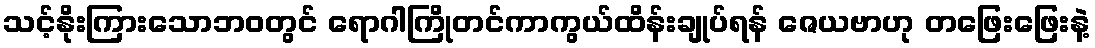
သင့်နိုးကြားသောဘဝတွင် ရောဂါကြိုတင်ကာကွယ်ထိန်းချုပ်ရန် ဇေယဗာဟု တဖြေးဖြေးနဲ့